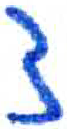
אות: ד